Civil Veterinary Dept. Bombay admin report 1932-41 - 1932-1941
Year: 1932
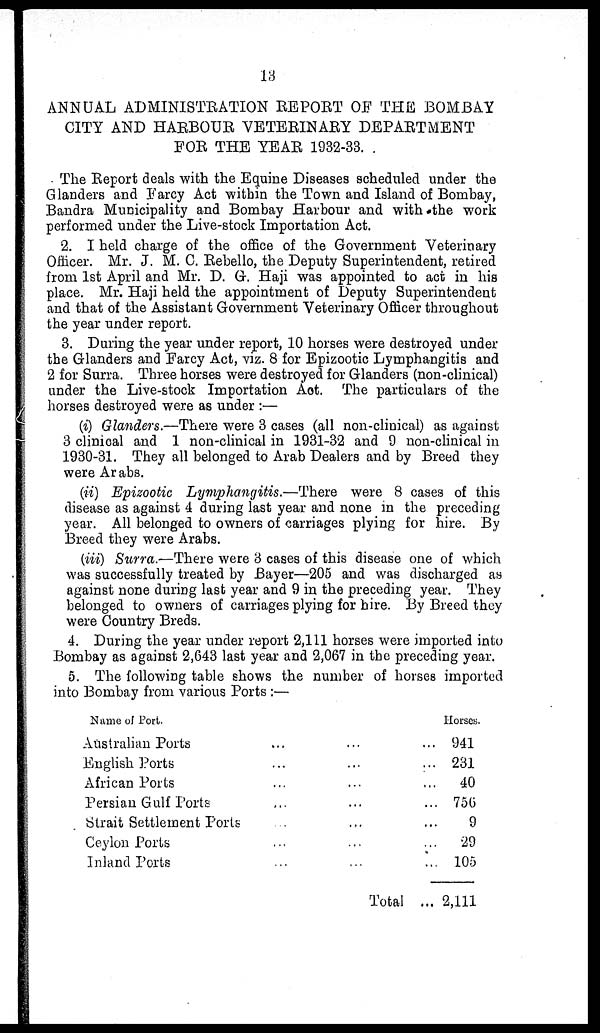
13
ANNUAL ADMINISTRATION REPORT OF THE BOMBAY
CITY AND HARBOUR VETERINARY DEPARTMENT
FOR THE YEAR 1932-33.
The Report deals with the Equine Diseases scheduled under the
Glanders and Farcy Act within the Town and Island of Bombay,
Bandra Municipality and Bombay Harbour and with the work
performed under the Live-stock Importation Act.
2. I held charge of the office of the Government Veterinary
Officer. Mr. J. M. C. Rebello, the Deputy Superintendent, retired
from 1st April and Mr. D. G. Haji was appointed to act in his
place. Mr. Haji held the appointment of Deputy Superintendent
and that of the Assistant Government Veterinary Officer throughout
the year under report.
3. During the year under report, 10 horses were destroyed under
the Glanders and Farcy Act, viz. 8 for Epizootic Lymphangitis and
2 for Surra. Three horses were destroyed for Glanders (non-clinical)
under the Live-stock Importation Act. The particulars of the
horses destroyed were as under :—
(i) Glanders.—There were 3 cases (all non-clinical) as against
3 clinical and 1 non-clinical in 1931-32 and 9 non-clinical in
1930-31. They all belonged to Arab Dealers and by Breed they
were Arabs.
(ii) Epizootic Lymphangitis.—There
were 8 cases of this
disease as against 4 during last year and none in the preceding
year. All belonged to owners of carriages plying for hire. By
Breed they were Arabs.
(iii) Surra.—There were 3 cases of this disease one of which
was successfully treated by Bayer—205 and was discharged as
against none during last year and 9 in the preceding year. They
belonged to owners of carriages plying for hire. By Breed they
were Country Breds.
4. During the year under report 2,111 horses were imported into
Bombay as against 2,643 last year and 2,067 in the preceding year.
5. The following table shows the number of horses imported
into Bombay from various Ports :—
Name of Port.
Australian Ports
English Ports
African Ports
Persian Gulf Ports
Strait Settlement Ports
Ceylon Ports
Inland Ports
...
...
...
...
...
...
...
...
...
...
...
...
...
...
Total
...
...
...
...
...
...
...
...
Horses
941
231
40
756
9
29
105
2,111